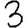
Digit: 3